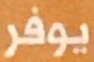
بوفر